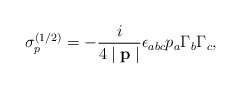
\begin{align*}\sigma _p^{(1/2)}=-\frac i{4\mid \mathbf{p}\mid }\epsilon_{abc}p_a\Gamma _b\Gamma _c ,\end{align*}